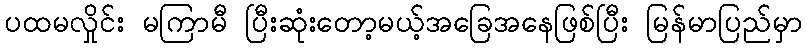
ပထမလှိုင်း မကြာမီ ပြီးဆုံးတော့မယ့်အခြေအနေဖြစ်ပြီး မြန်မာပြည်မှာ